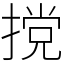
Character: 𫽮